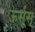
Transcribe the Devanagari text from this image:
ऊर्सूस्